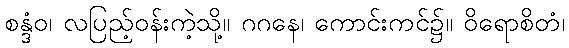
စန္ဒံဝ၊ လပြည့်ဝန်းကဲ့သို့။ ဂဂနေ၊ ကောင်းကင်၌။ ဝိရောစိတံ၊